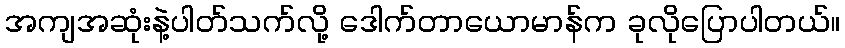
အကျအဆုံးနဲ့ပါတ်သက်လို့ ဒေါက်တာယောမာန်က ခုလိုပြောပါတယ်။